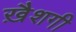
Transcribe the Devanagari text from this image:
ख़ैशगी